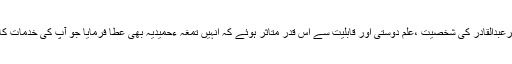
سلطان خلیفہ الوقت شیخ سرعبدالقادر کی شخصیت ،علم دوستی اور قابلیت سے اس قدر متاثر ہوئے کہ انہیں تمغہ ءحمیدیہ بھی عطا فرمایا جو آپ کی خدمات کا ایک بڑا اعتراف بھی تھا۔